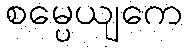
စမ္ပေယျကေ